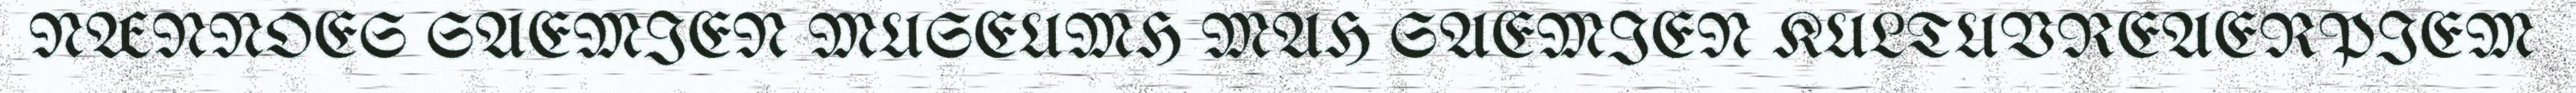
NÆNNOES SAEMIEN MUSEUMH MAH SAEMIEN KULTUVREAERPIEM